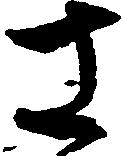
さ